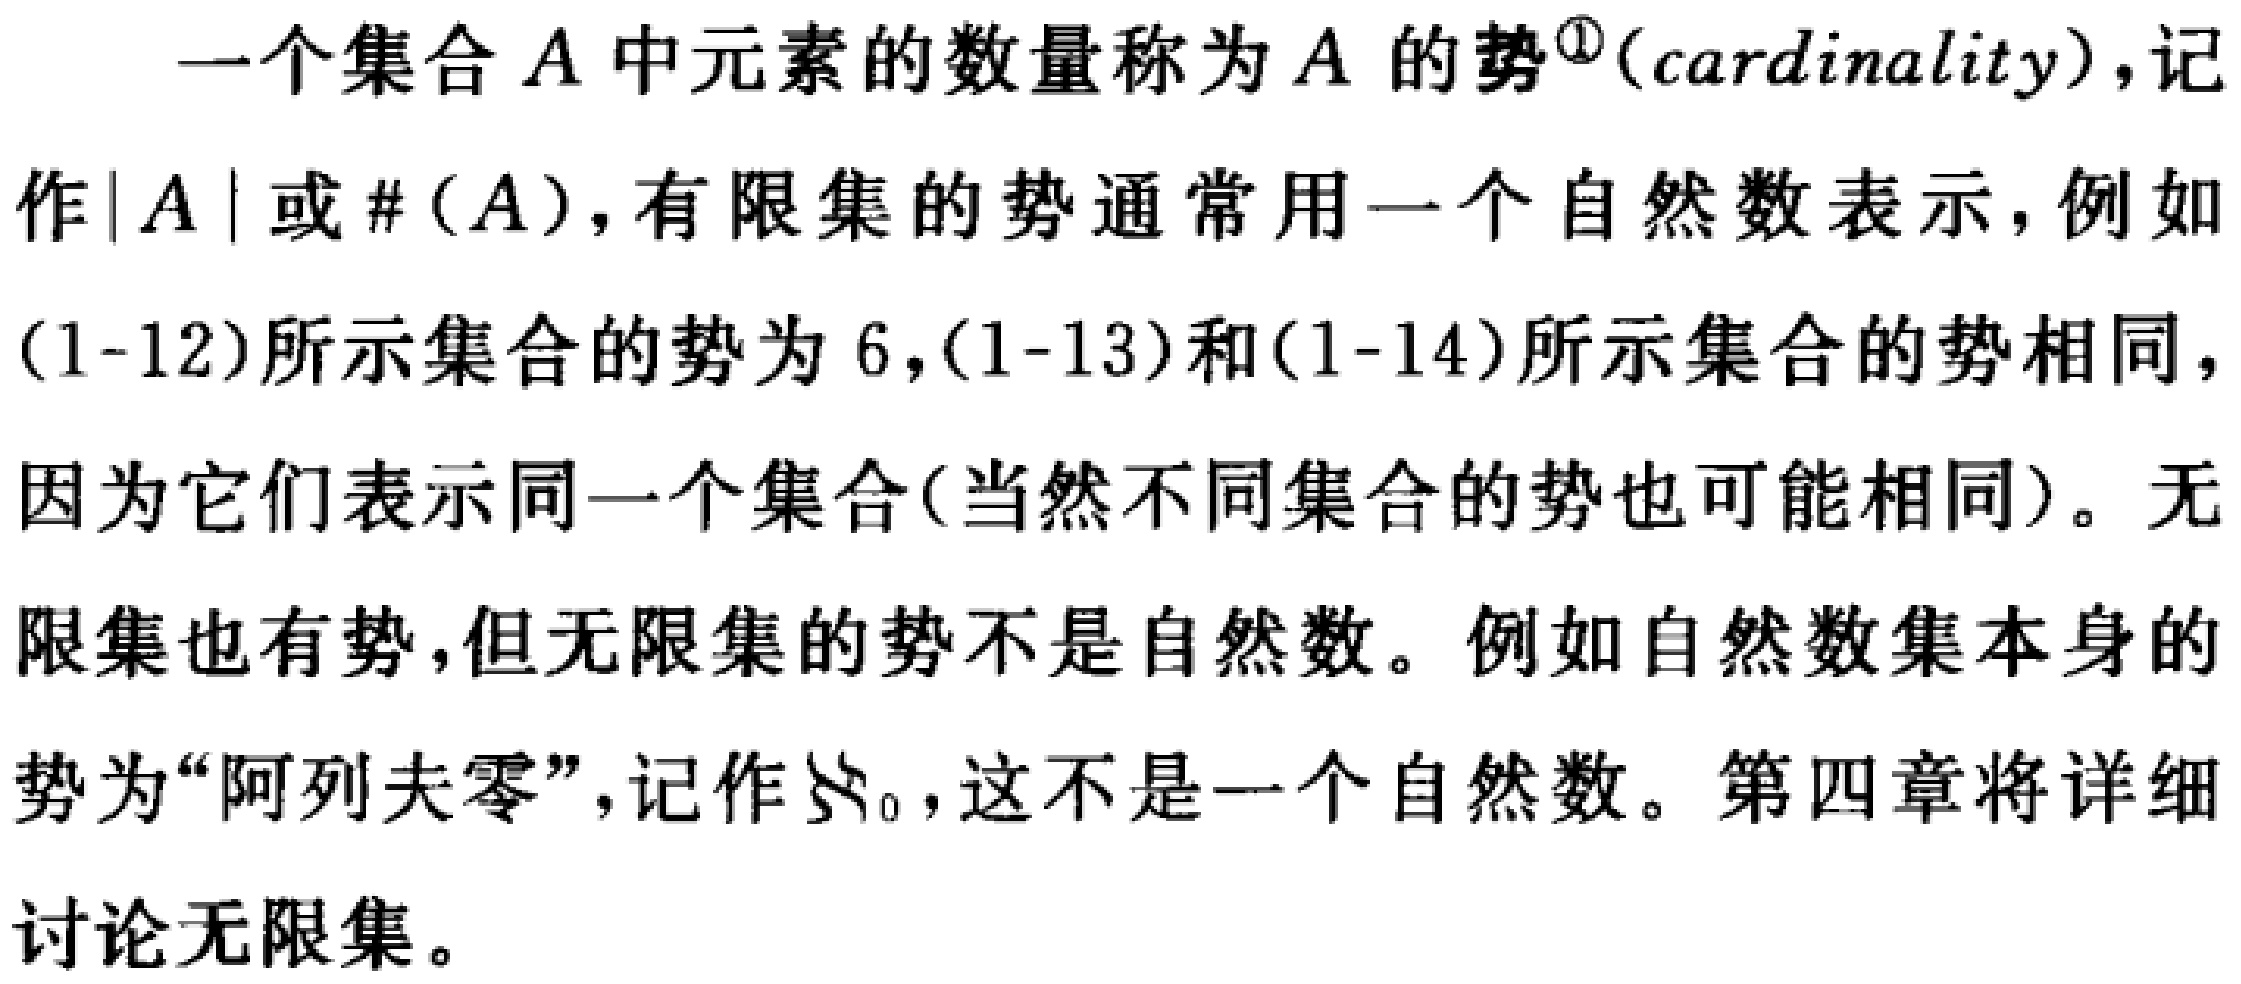
一个集合\(A\)中元素的数量称为\(A\)的势\textsuperscript{\textcircled{1}}(cardinality)，记作\(\vert A\vert\)或\(\#(A)\)，有限集的势通常用一个自然数表示，例如(1-12)所示集合的势为\(6\)，(1-13)和(1-14)所示集合的势相同，因为它们表示同一个集合(当然不同集合的势也可能相同)。无限集也有势，但无限集的势不是自然数。例如自然数集本身的势为“阿列夫零”，记作\(\aleph_0\)，这不是一个自然数。第四章将详细讨论无限集。